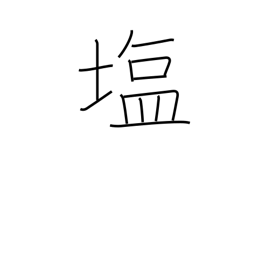
Meaning: salt